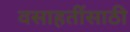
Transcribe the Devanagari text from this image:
वसाहतींसाठी